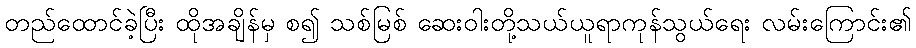
တည်ထောင်ခဲ့ပြီး ထိုအချိန်မှ စ၍ သစ်မြစ် ဆေးဝါးတို့သယ်ယူရာကုန်သွယ်ရေး လမ်းကြောင်း၏